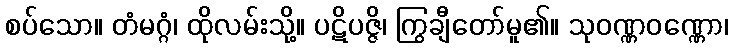
စပ်သော။ တံမဂ္ဂံ၊ ထိုလမ်းသို့။ ပဋိပဇ္ဇိ၊ ကြွချီတော်မူ၏။ သုဝဏ္ဏဝဏ္ဏော၊